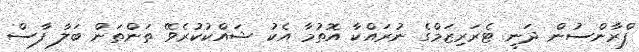
ފްރާންސުން ދަނީ ޓެރަރިޒަމްގެ ނުރައްކާ އޮތުމާ އެކު ޝައްކުކުރެވޭ ތަންތަން ބަލާ ފާސް